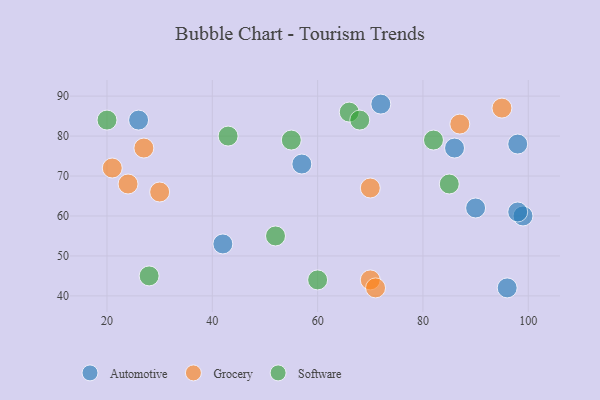
{"axis": {"x": "GDP", "y": "Life Expectancy"}, "legend": ["Automotive", "Grocery", "Software"], "data": [{"x": "42", "y": 53, "type": "Automotive"}, {"x": "26", "y": 84, "type": "Automotive"}, {"x": "86", "y": 77, "type": "Automotive"}, {"x": "99", "y": 60, "type": "Automotive"}, {"x": "98", "y": 61, "type": "Automotive"}, {"x": "72", "y": 88, "type": "Automotive"}, {"x": "98", "y": 78, "type": "Automotive"}, {"x": "57", "y": 73, "type": "Automotive"}, {"x": "96", "y": 42, "type": "Automotive"}, {"x": "90", "y": 62, "type": "Automotive"}, {"x": "24", "y": 68, "type": "Grocery"}, {"x": "70", "y": 44, "type": "Grocery"}, {"x": "27", "y": 77, "type": "Grocery"}, {"x": "30", "y": 66, "type": "Grocery"}, {"x": "95", "y": 87, "type": "Grocery"}, {"x": "21", "y": 72, "type": "Grocery"}, {"x": "71", "y": 42, "type": "Grocery"}, {"x": "87", "y": 83, "type": "Grocery"}, {"x": "70", "y": 67, "type": "Grocery"}, {"x": "85", "y": 68, "type": "Software"}, {"x": "43", "y": 80, "type": "Software"}, {"x": "60", "y": 44, "type": "Software"}, {"x": "55", "y": 79, "type": "Software"}, {"x": "82", "y": 79, "type": "Software"}, {"x": "66", "y": 86, "type": "Software"}, {"x": "28", "y": 45, "type": "Software"}, {"x": "20", "y": 84, "type": "Software"}, {"x": "68", "y": 84, "type": "Software"}, {"x": "52", "y": 55, "type": "Software"}]}